Scottish Leaving Certificate Examination, 1959
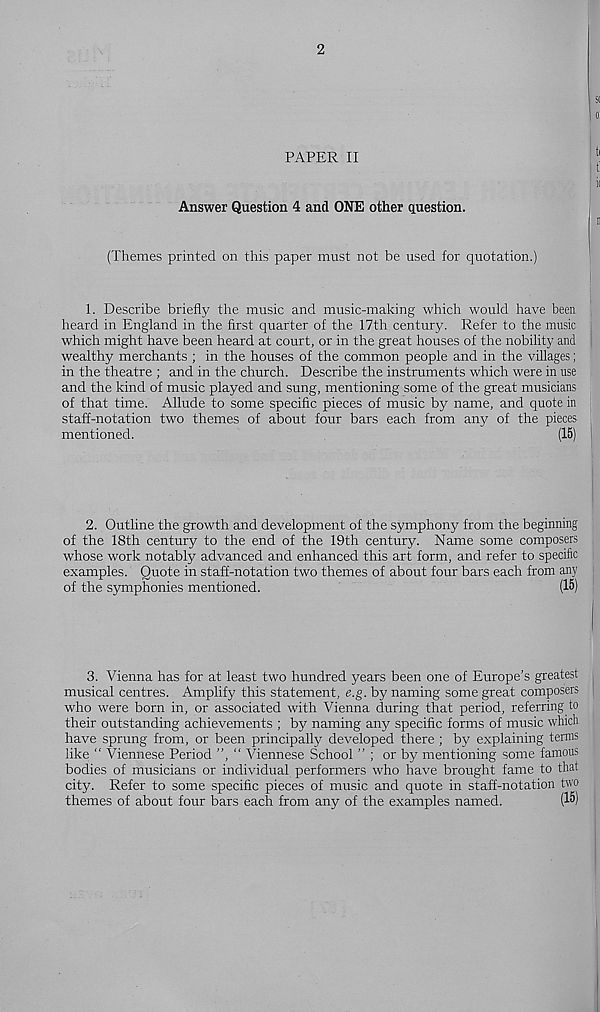
2
PAPER II
Answer Question 4 and ONE other question.
(Themes printed on this paper must not be used for quotation.)
1. Describe briefly the music and music-making which would have been
heard in England in the first quarter of the 17th century. Refer to the music
which might have been heard at court, or in the great houses of the nobility and
wealthy merchants ; in the houses of the common people and in the villages;
in the theatre ; and in the church. Describe the instruments which were in use
and the kind of music played and sung, mentioning some of the great musicians
of that time. Allude to some specific pieces of music by name, and quote in
staff-notation two themes of about four bars each from any of the pieces
mentioned.
(15)
2. Outline the growth and development of the symphony from the beginning
of the 18th century to the end of the 19th century. Name some composers
whose work notably advanced and enhanced this art form, and refer to specific
examples. Quote in staff-notation two themes of about four bars each from any
of the symphonies mentioned.
(15)
3. Vienna has for at least two hundred years been one of Europe’s greatest
musical centres. Amplify this statement, e.g. by naming some great composers
who were born in, or associated with Vienna during that period, referring to
their outstanding achievements ; by naming any specific forms of music which
have sprung from, or been principally developed there ; by explaining terms
like “ Viennese Period ”, “ Viennese School ” ; or by mentioning some famous
bodies of musicians or individual performers who have brought fame to that
city. Refer to some specific pieces of music and quote in staff-notation two
themes of about four bars each from any of the examples named.
(15)